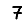
Digit: 7